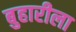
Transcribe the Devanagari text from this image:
बुहारीला